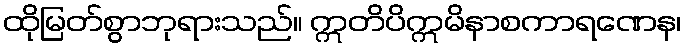
ထိုမြတ်စွာဘုရားသည်။ ဣတိပိဣမိနာစကာရဏေန၊